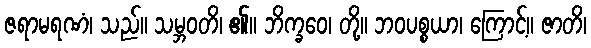
ဇရာမရဏံ၊ သည်။ သမ္ဘဝတိ၊ ၏။ ဘိက္ခဝေ၊ တို့။ ဘဝပစ္စယာ၊ ကြောင့်။ ဇာတိ၊